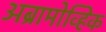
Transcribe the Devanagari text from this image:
अब्रामोव्हिक